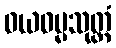
ဝယဓမ္မသုတ္တံ